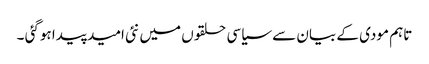
تاہم مودی کے بیان سے سیاسی حلقوں میں نئی امید پیدا ہوگئی ۔